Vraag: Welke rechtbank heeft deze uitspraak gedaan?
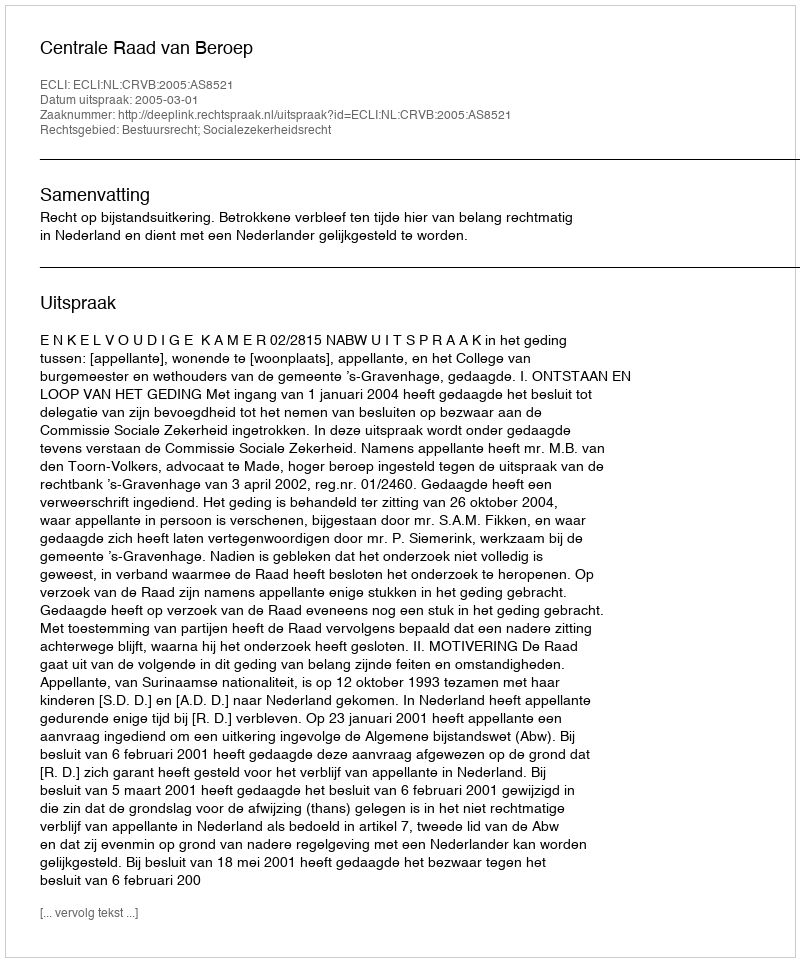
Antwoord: Centrale Raad van Beroep